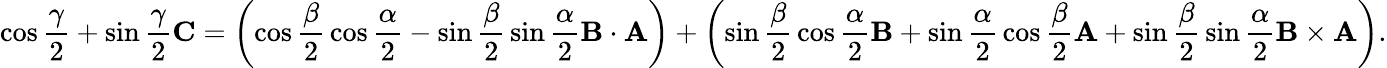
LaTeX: \cos{\frac{\gamma}{2}}+\sin{\frac{\gamma}{2}}\mathbf{C}=\left(\cos{\frac{\beta}{2}}\cos{\frac{\alpha}{2}}-\sin{\frac{\beta}{2}}\sin{\frac{\alpha}{2}}\mathbf{B}\cdot\mathbf{A}\right)+\left(\sin{\frac{\beta}{2}}\cos{\frac{\alpha}{2}}\mathbf{B}+\sin{\frac{\alpha}{2}}\cos{\frac{\beta}{2}}\mathbf{A}+\sin{\frac{\beta}{2}}\sin{\frac{\alpha}{2}}\mathbf{B}\times\mathbf{A}\right).